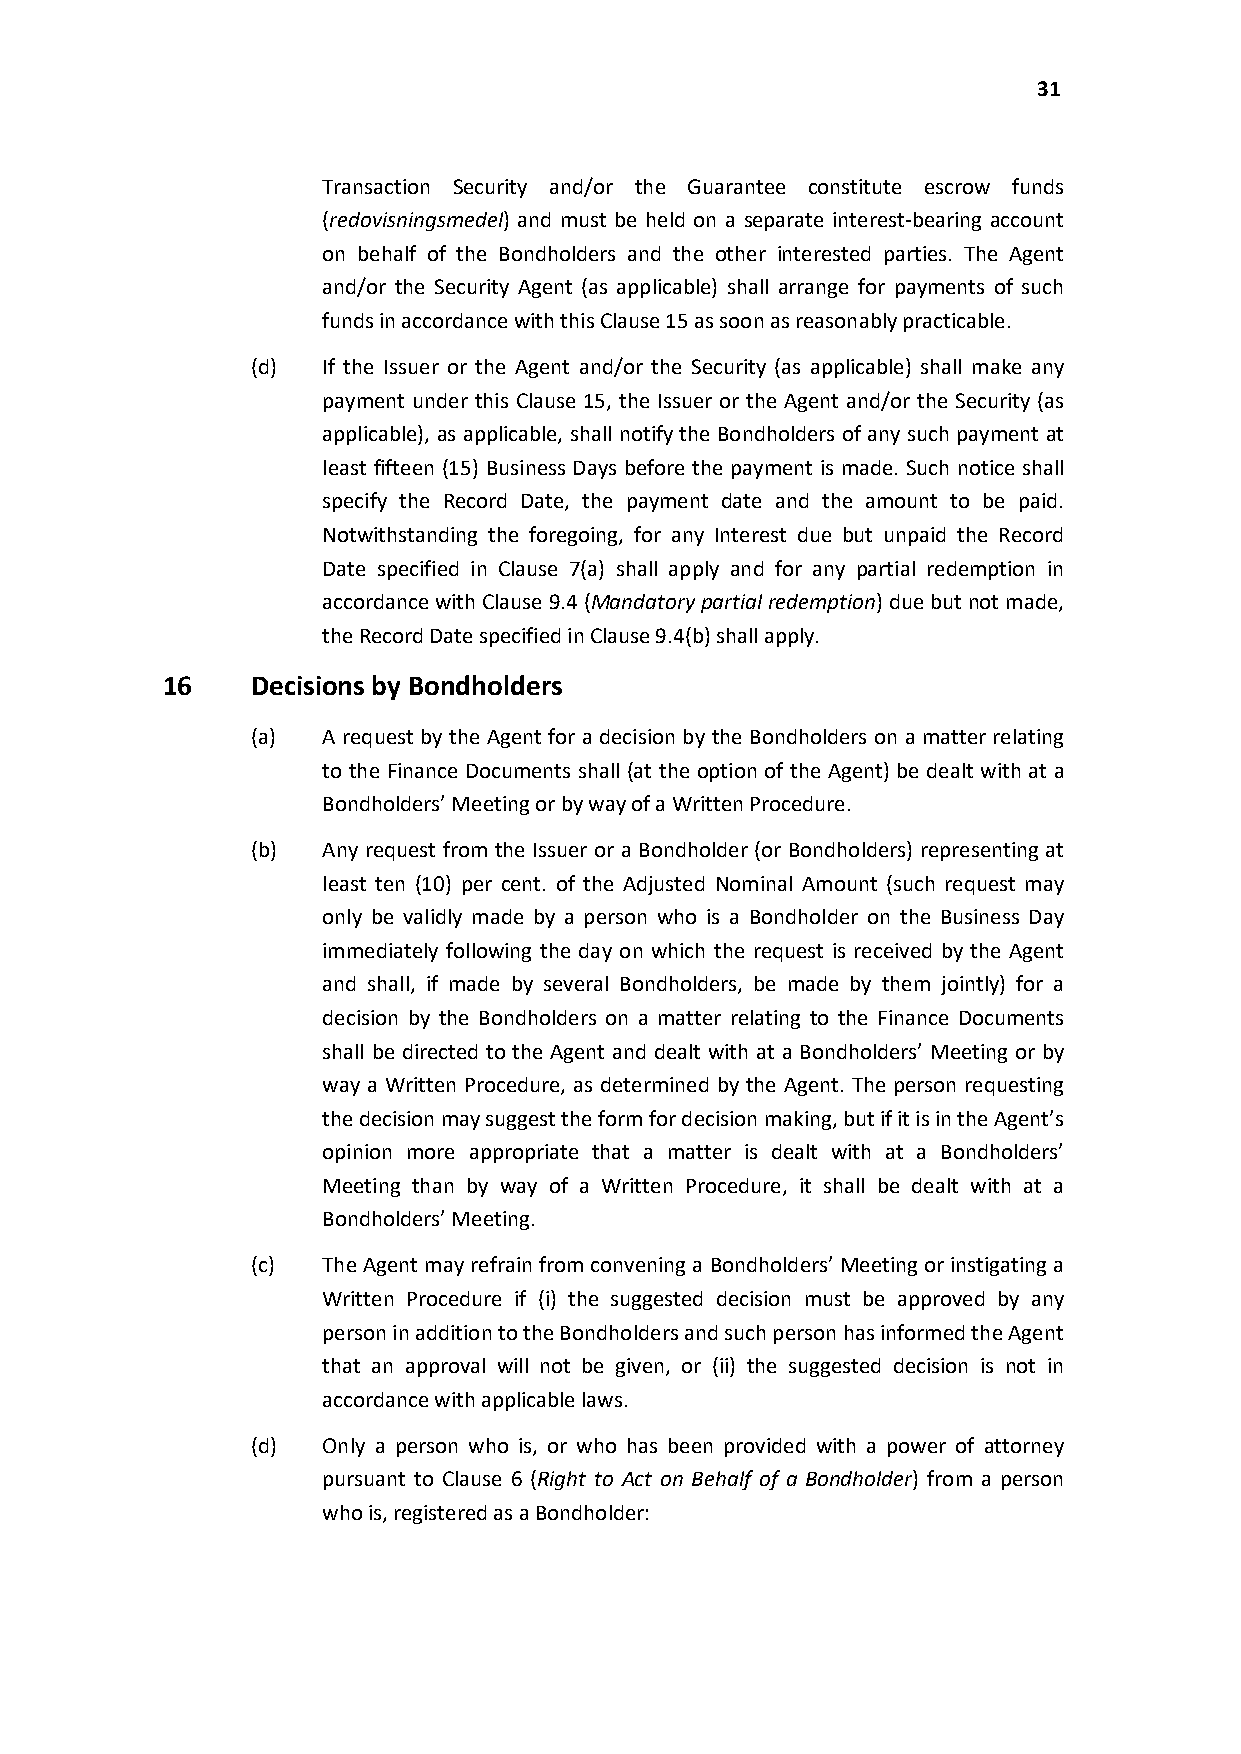
31
 Transaction Security and/or the Guarantee constitute escrow funds
 (redovisningsmedel) and must be held on a separate interest-bearing account
 on behalf of the Bondholders and the other interested parties. The Agent
 and/or the Security Agent (as applicable) shall arrange for payments of such
 funds in accordance with this Clause 15 as soon as reasonably practicable.
 (d) If the Issuer or the Agent and/or the Security (as applicable) shall make any
 payment under this Clause 15, the Issuer or the Agent and/or the Security (as
 applicable), as applicable, shall notify the Bondholders of any such payment at
 least fifteen (15) Business Days before the payment is made. Such notice shall
 specify the Record Date, the payment date and the amount to be paid.
 Notwithstanding the foregoing, for any Interest due but unpaid the Record
 Date specified in Clause 7(a) shall apply and for any partial redemption in
 accordance with Clause 9.4 (Mandatory partial redemption) due but not made,
 the Record Date specified in Clause 9.4(b) shall apply.
 16    Decisions by Bondholders
 (a) A request by the Agent for a decision by the Bondholders on a matter relating
 to the Finance Documents shall (at the option of the Agent) be dealt with at a
 Bondholders’ Meeting orby way of a Written Procedure.
 (b) Any request from the Issuer or a Bondholder (or Bondholders) representing at
 least ten (10) per cent. of the Adjusted Nominal Amount (such request may
 only be validly made by a person who is a Bondholder on the Business Day
 immediately following the day on which the request is received by the Agent
 and shall, if made by several Bondholders, be made by them jointly) for a
 decision by the Bondholders on a matter relating to the Finance Documents
 shall be directed to the Agent and dealt with at a Bondholders’ Meeting or by
 way a Written Procedure, as determined by the Agent. The person requesting
 the decision may suggest the form for decision making, but if it is in the Agent’s
 opinion more appropriate that a matter is dealt with at a Bondholders’
 Meeting than by way of a Written Procedure, it shall be dealt with at a
 Bondholders’ Meeting.
 (c) The Agent may refrain from convening a Bondholders’ Meeting or instigating a
 Written Procedure if (i) the suggested decision must be approved by any
 person in addition to the Bondholders and such person has informed the Agent
 that an approval will not be given, or (ii) the suggested decision is not in
 accordance with applicable laws.
 (d) Only a person who is, or who has been provided with a power of attorney
 pursuant to Clause 6 (Right to Act on Behalf of a Bondholder) from a person
 who is, registered as aBondholder: